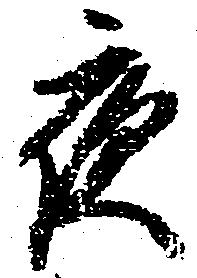
夜